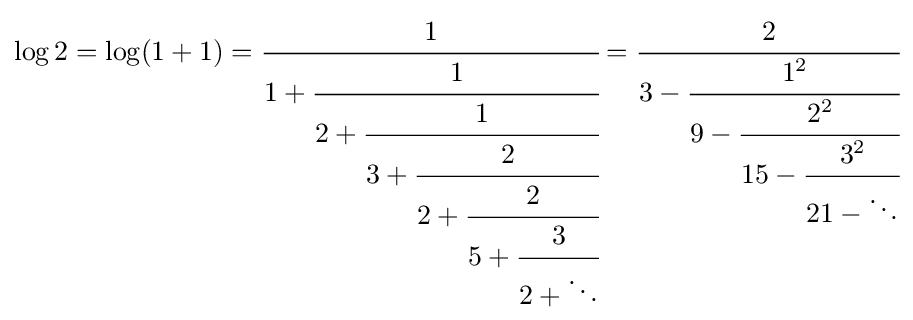
\log 2=\log(1+1)={\cfrac {1}{1+{\cfrac {1}{2+{\cfrac {1}{3+{\cfrac {2}{2+{\cfrac {2}{5+{\cfrac {3}{2+\ddots }}}}}}}}}}}}={\cfrac {2}{3-{\cfrac {1^{2}}{9-{\cfrac {2^{2}}{15-{\cfrac {3^{2}}{21-\ddots }}}}}}}}